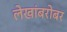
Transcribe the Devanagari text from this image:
लेखांबरोबर